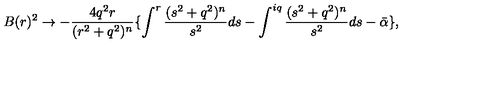
B ( r ) ^ { 2 } \rightarrow - \frac { 4 q ^ { 2 } r } { ( r ^ { 2 } + q ^ { 2 } ) ^ { n } } \lbrace \int ^ { r } \frac { ( s ^ { 2 } + q ^ { 2 } ) ^ { n } } { s ^ { 2 } } d s - \int ^ { i q } \frac { ( s ^ { 2 } + q ^ { 2 } ) ^ { n } } { s ^ { 2 } } d s - \bar { \alpha } \rbrace ,